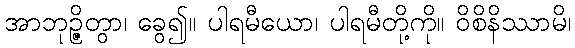
အာဘုဉ္ဇိတွာ၊ ခွေ၍။ ပါရမီယော၊ ပါရမီတို့ကို။ ဝိစိနိဿာမိ၊